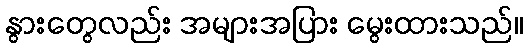
နွားတွေလည်း အများအပြား မွေးထားသည်။